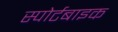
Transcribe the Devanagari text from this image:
स्पोर्टबाइक